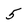
Character: 5